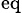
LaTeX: _\mathrm{eq}